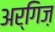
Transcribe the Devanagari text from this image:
अर्गिज़